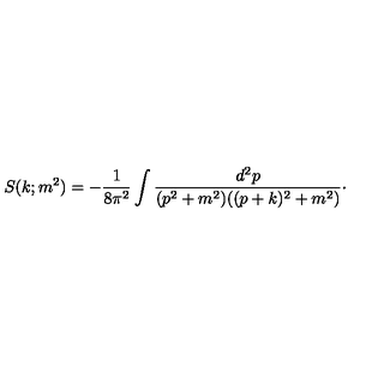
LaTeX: S ( k ; m ^ { 2 } ) = - { \frac { 1 } { 8 \pi ^ { 2 } } } \int { \frac { d ^ { 2 } p } { ( p ^ { 2 } + m ^ { 2 } ) ( ( p + k ) ^ { 2 } + m ^ { 2 } ) } } \cdotp